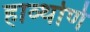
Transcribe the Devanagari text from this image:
हाव्थोर्ण